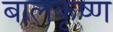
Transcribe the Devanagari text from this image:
बालकृष्‍ण